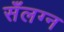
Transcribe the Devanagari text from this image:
सँलग्न